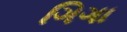
ગિગા